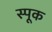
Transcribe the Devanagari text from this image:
स्पूक